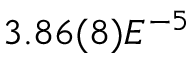
3 . 8 6 ( 8 ) E ^ { - 5 }